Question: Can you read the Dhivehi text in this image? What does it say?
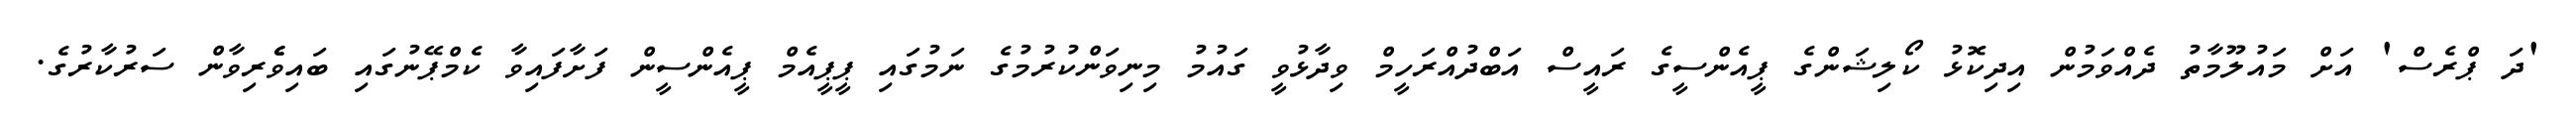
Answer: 'ދަ ޕްރެސް' އަށް މައުލޫމާތު ދެއްވަމުން އިދިކޮޅު ކޯލިޝަންގެ ޕީއެންސީގެ ރައީސް އަބްދުއްރަހީމް ވިދާޅުވީ ގައުމު މިނިވަންކުރުމުގެ ނަމުގައި ޕީޕީއެމް ޕީއެންސީން ފަށާފައިވާ ކެމްޕޭނުގައި ބައިވެެރިވާން ސަރުކާރުގެ.